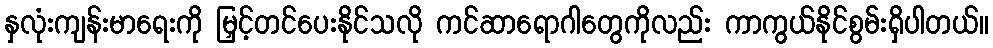
နှလုံးကျန်းမာရေးကို မြှင့်တင်ပေးနိုင်သလို ကင်ဆာရောဂါတွေကိုလည်း ကာကွယ်နိုင်စွမ်းရှိပါတယ်။